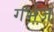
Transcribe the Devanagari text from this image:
गर्भज